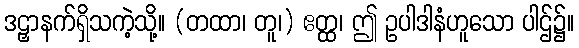
ဒဠှာနက်ရှိသကဲ့သို့။ (တထာ၊ တူ၊) ဧတ္ထ၊ ဤ ဥပါဒါနံဟူသော ပါဌ်၌။